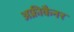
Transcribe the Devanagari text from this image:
अफ़्रीकैनर